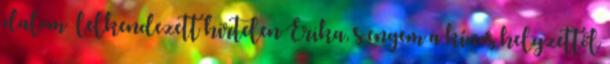
dalom –lelkendezett hirtelen Erika, s engem a kínos helyzettől